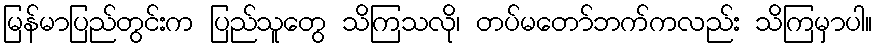
မြန်မာပြည်တွင်းက ပြည်သူတွေ သိကြသလို၊ တပ်မတော်ဘက်ကလည်း သိကြမှာပါ။